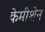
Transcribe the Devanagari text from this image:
केमीशेन